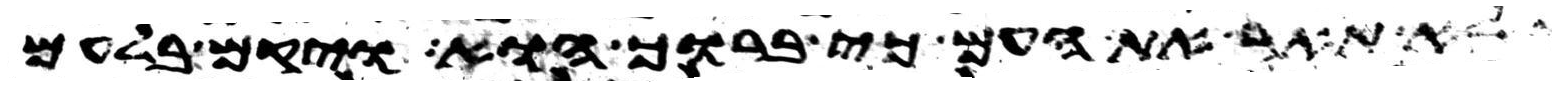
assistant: ולא תאר את העם כי ברוך הוא ויקם בלעם